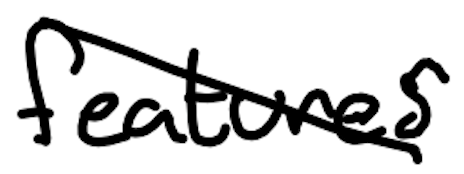
Text: features
Cross-out: diagonal
Writing tool: digital_black